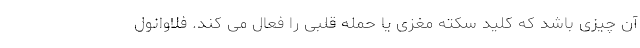
آن چیزی باشد که کلید سکته مغزی یا حمله قلبی را فعال می کند. فلاوانول